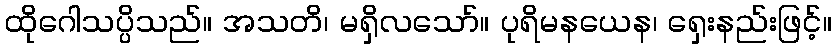
ထိုဂေါသပ္ပိသည်။ အသတိ၊ မရှိလသော်။ ပုရိမနယေန၊ ရှေးနည်းဖြင့်။